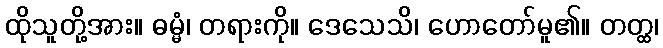
ထိုသူတို့အား။ ဓမ္မံ၊ တရားကို။ ဒေသေသိ၊ ဟောတော်မူ၏။ တတ္ထ၊